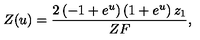
Z ( u ) = { \frac { 2 \left( - 1 + { e ^ { u } } \right) \left( 1 + { e ^ { u } } \right) { z _ { 1 } } } { Z F } } ,